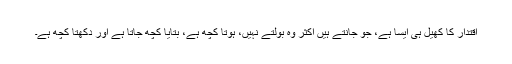
اقتدار کا کھیل ہی ایسا ہے، جو جانتے ہیں اکثر وہ بولتے نہیں، ہوتا کچھ ہے، بتایا کچھ جاتا ہے اور دکھتا کچھ ہے۔